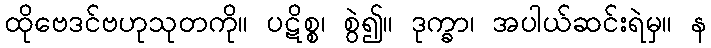
ထိုဗေဒင်ဗဟုသုတကို။ ပဋိစ္စ၊ စွဲ၍။ ဒုက္ခာ၊ အပါယ်ဆင်းရဲမှ။ န